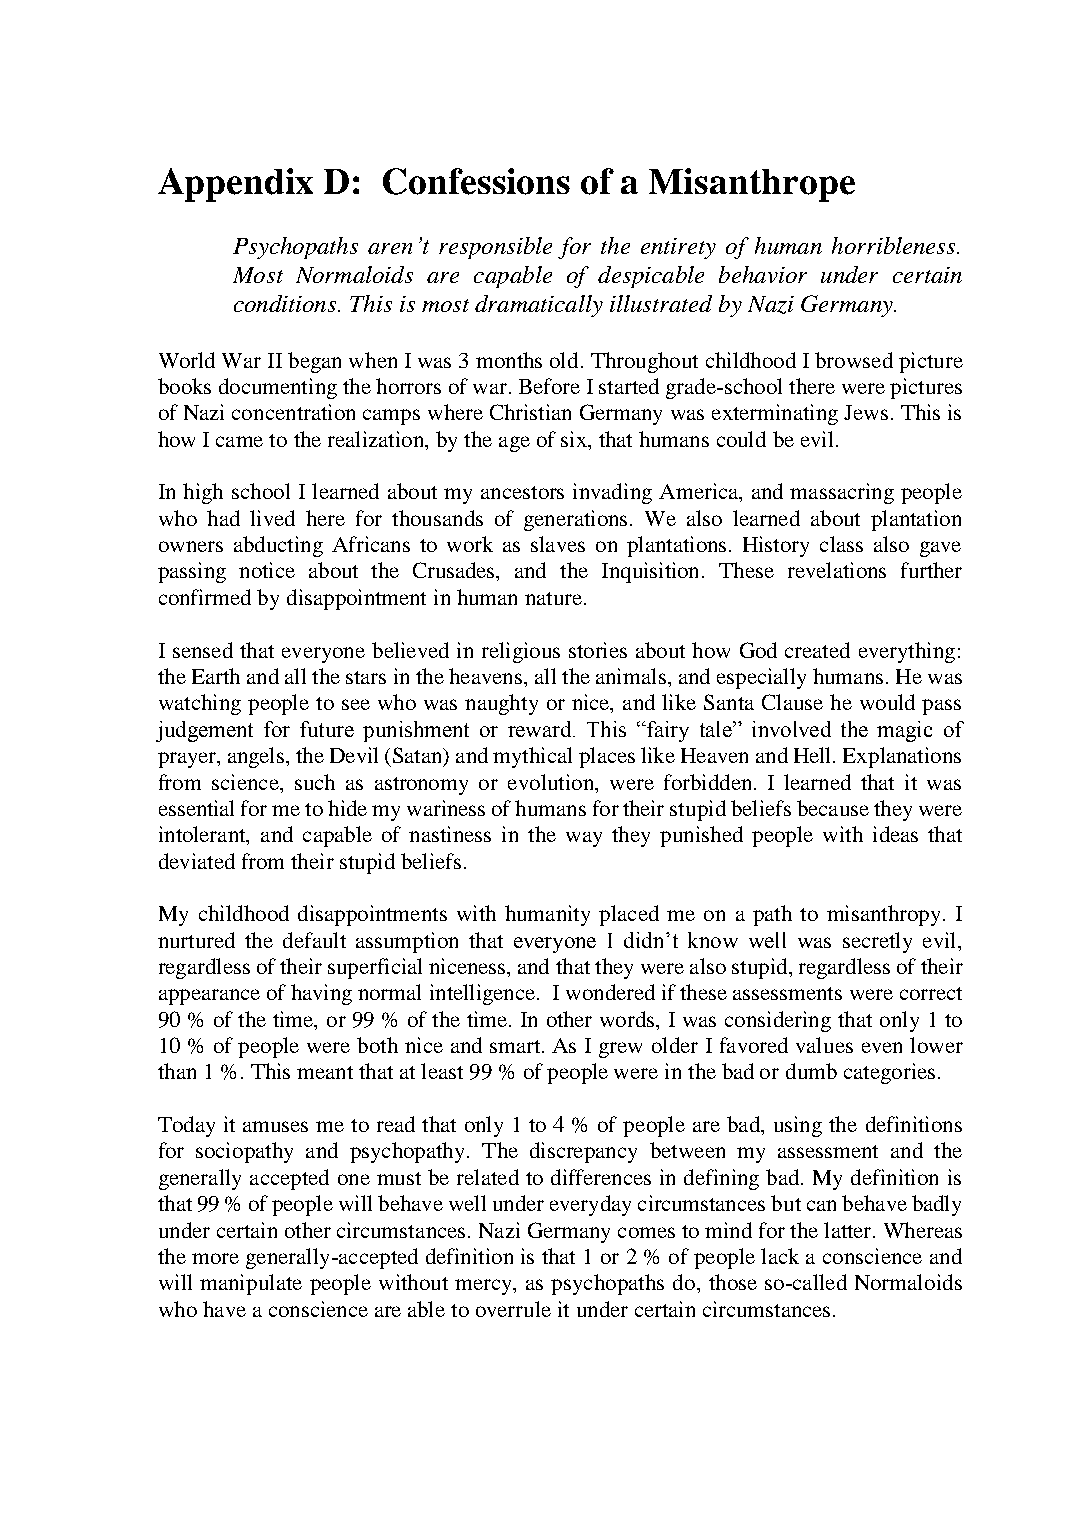
Appendix   D:  Confessions  of a Misanthrope
 Psychopaths aren’t responsible for the entirety of human horribleness.
 Most Normaloids are capable of despicable behavior under certain
 conditions. This is most dramatically illustrated by Nazi Germany.
 World War II began when I was 3 months old. Throughout childhood I browsed picture
 books documenting the horrors of war. Before I started grade-school there were pictures
 of Nazi concentration camps where Christian Germany was exterminating Jews. This is
 how I came to the realization, by the age of six, that humans could be evil.
 In high school I learned about my ancestors invading America, and massacring people
 who had lived here for thousands of generations. We also learned about plantation
 owners abducting Africans to work as slaves on plantations. History class also gave
 passing notice about the Crusades, and the Inquisition. These revelations further
 confirmed by disappointment in human nature.
 I sensed that everyone believed in religious stories about how God created everything:
 the Earth and all the stars in the heavens, all the animals, and especially humans. He was
 watching people to see who was naughty or nice, and like Santa Clause he would pass
 judgement for future punishment or reward. This “fairy tale” involved the magic of
 prayer, angels, the Devil (Satan) and mythical places like Heaven and Hell. Explanations
 from science, such as astronomy or evolution, were forbidden. I learned that it was
 essential for me to hide my wariness of humans for their stupid beliefs because they were
 intolerant, and capable of nastiness in the way they punished people with ideas that
 deviated from their stupid beliefs.
 My childhood disappointments with humanity placed me on a path to misanthropy. I
 nurtured the default assumption that everyone I didn’t know well was secretly evil,
 regardless of their superficial niceness, and that they were also stupid, regardless of their
 appearance of having normal intelligence. I wondered if these assessments were correct
 90 % of the time, or 99 % of the time. In other words, I was considering that only 1 to
 10 % of people were both nice and smart. As I grew older I favored values even lower
 than 1 %. This meant that at least 99 % of people were in the bad or dumb categories.
 Today it amuses me to read that only 1 to 4 % of people are bad, using the definitions
 for sociopathy and psychopathy. The discrepancy between my assessment and the
 generally accepted one must be related to differences in defining bad. My definition is
 that 99 % of people will behave well under everyday circumstances but can behave badly
 under certain other circumstances. Nazi Germany comes to mind for the latter. Whereas
 the more generally-accepted definition is that 1 or 2 % of people lack a conscience and
 will manipulate people without mercy, as psychopaths do, those so-called Normaloids
 who have a conscience are able to overrule it under certain circumstances.